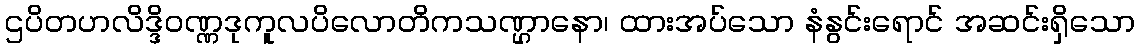
ဌပိတဟလိဒ္ဒိဝဏ္ဏဒုကူလပိလောတိကသဏ္ဌာနော၊ ထားအပ်သော နံနွင်းရောင် အဆင်းရှိသော